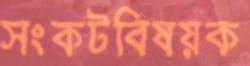
সংকটবিষয়ক